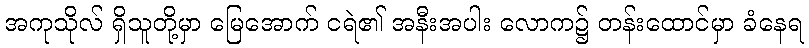
အကုသိုလ် ရှိသူတို့မှာ မြေအောက် ငရဲ၏ အနီးအပါး လောက၌ တန်းထောင်မှာ ခံနေရ